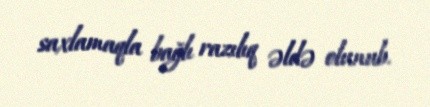
saxlamaqla bağlı razılıq əldə olunub.